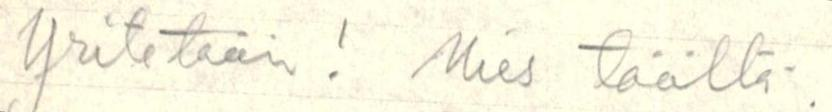
Yritetään ! Mies täältä.